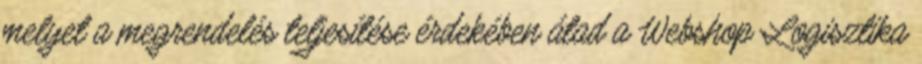
melyet a megrendelés teljesítése érdekében átad a Webshop Logisztika